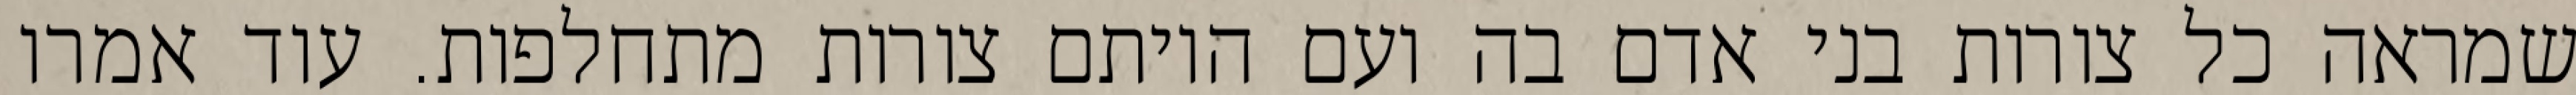
שמראה כל צורות בני אדם בה ועם היותם צורות מתחלפות. עוד אמרו